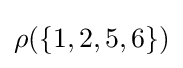
{\textstyle \rho (\{1,2,5,6\})}